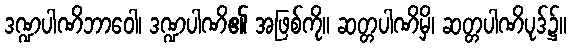
ဒဏ္ဍပါဏိဘာဝေါ၊ ဒဏ္ဍပါဏိ၏ အဖြစ်ကို။ ဆတ္တပါဏိမှိ၊ ဆတ္တပါဏိပုဒ်၌။